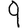
Digit: 9